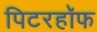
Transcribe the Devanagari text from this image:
पिटरहॉफ